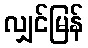
လျှင်မြန်